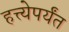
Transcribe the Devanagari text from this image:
हत्त्येपर्यंत